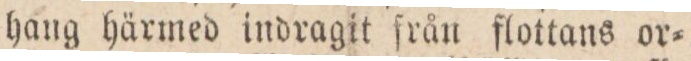
hang härmed indragit från flottans or=